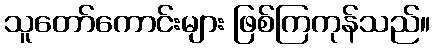
သူတော်ကောင်းများ ဖြစ်ကြကုန်သည်။